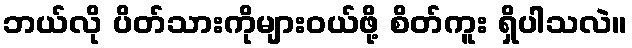
ဘယ်လို ပိတ်သားကိုများဝယ်ဖို့ စိတ်ကူး ရှိပါသလဲ။